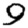
Digit: 9